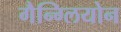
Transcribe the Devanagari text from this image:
गैन्ग्लियोन